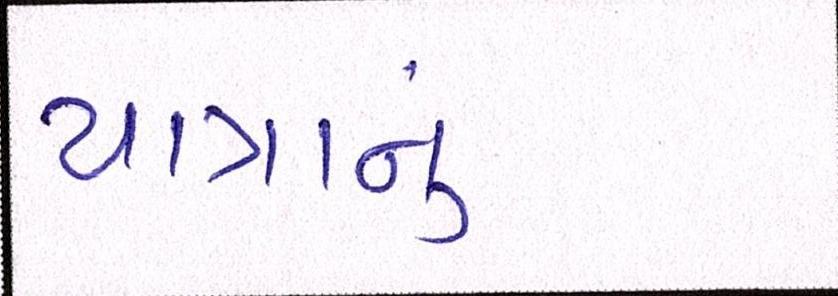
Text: યાત્રાનું